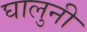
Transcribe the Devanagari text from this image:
घालुनी